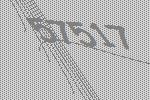
57517